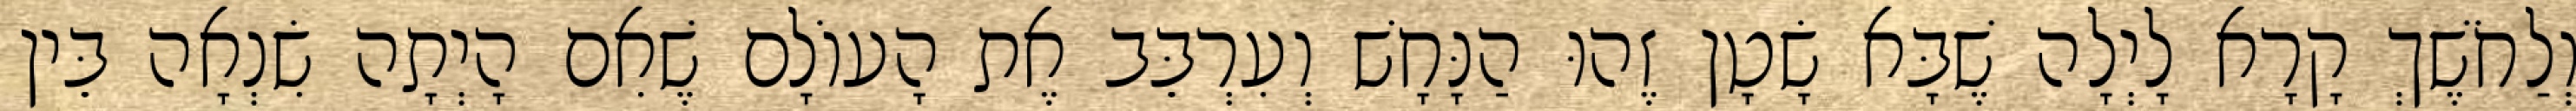
וְלַחֹשֶׁךְ קָרָא לָיְלָה שֶׁבָּא שָׂטָן זֶהוּ הַנָּחָשׁ וְעִרְבֵּב אֶת הָעוֹלָם שֶׁאִם הָיְתָה שִׂנְאָה בֵּין